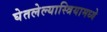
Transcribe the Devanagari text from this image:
घेतलेल्यास्त्रियामध्ये